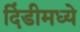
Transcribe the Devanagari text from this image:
दिंडीमध्ये